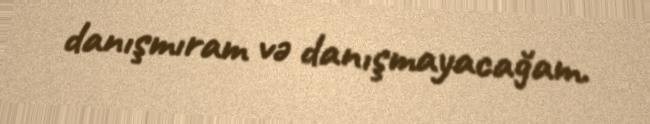
danışmıram və danışmayacağam.